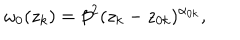
\omega _ { 0 } ( z _ { k } ) = \beta ^ { 2 } ( z _ { k } - z _ { 0 k } ) ^ { \alpha _ { 0 k } } ,